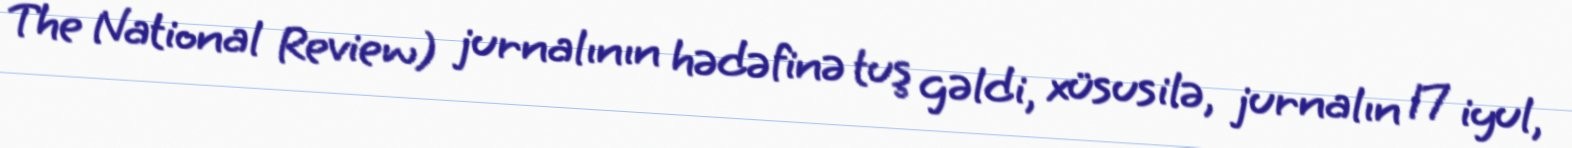
The National Review) jurnalının hədəfinə tuş gəldi, xüsusilə, jurnalın 17 iyul,